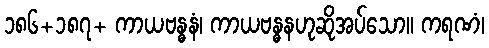
၁၈၆+၁၈၇+ ကာယဗန္ဓနံ၊ ကာယဗန္ဓနဟုဆိုအပ်သော။ ကရဏံ၊